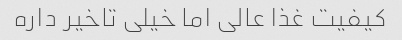
کیفیت غذا عالی اما خیلی تاخیر داره